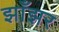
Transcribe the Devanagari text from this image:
झाँझर